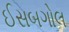
ઈસબગોલ